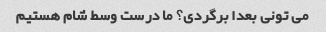
می تونی بعدا برگردی؟ ما درست وسط شام هستیم